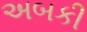
અબકી